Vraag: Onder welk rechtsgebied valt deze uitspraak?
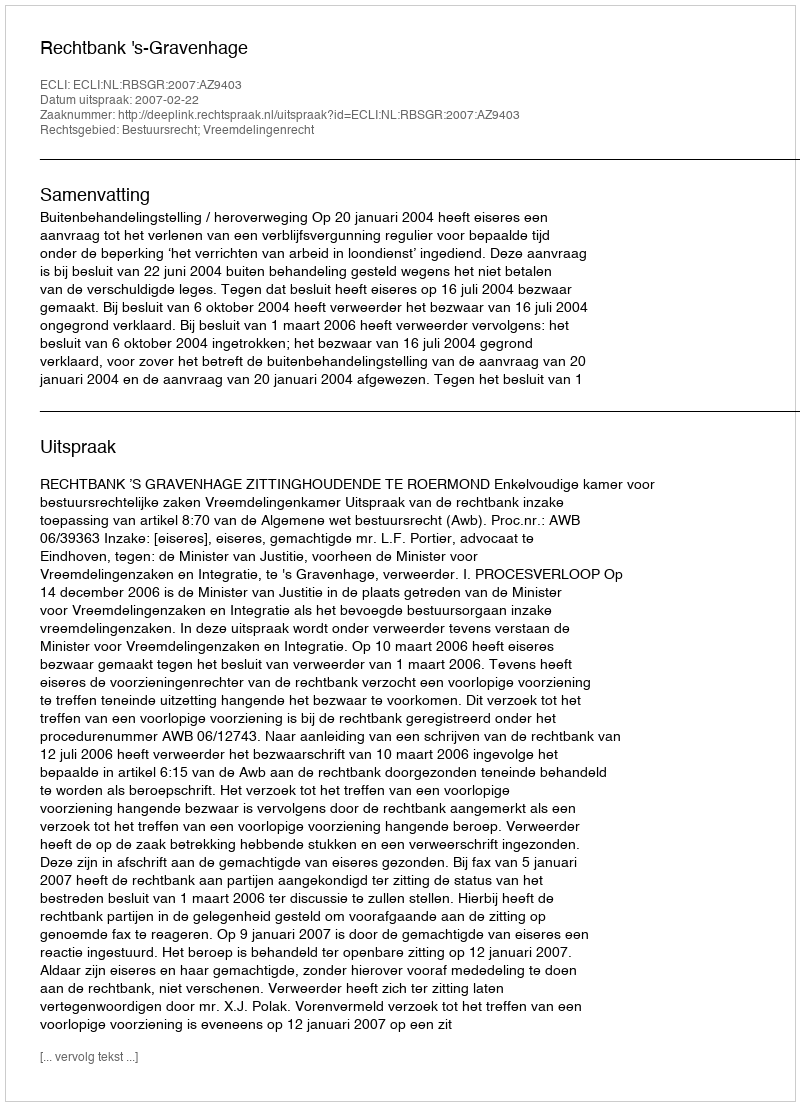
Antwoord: Bestuursrecht; Vreemdelingenrecht